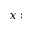
x :